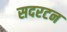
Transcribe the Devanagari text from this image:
सदरटन